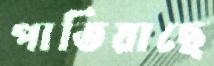
পাতিয়াছে